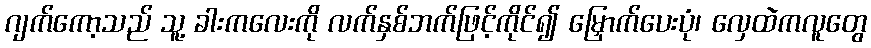
ဂျက်ကော့သည် သူ့ ခါးကလေးကို လက်နှစ်ဘက်ဖြင့်ကိုင်၍ မြှောက်ပေးပုံ၊ လှေထဲကလူတွေ